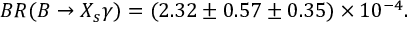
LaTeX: B R ( B \rightarrow X _ { s } \gamma ) = ( 2 . 3 2 \pm 0 . 5 7 \pm 0 . 3 5 ) \times 1 0 ^ { - 4 } .